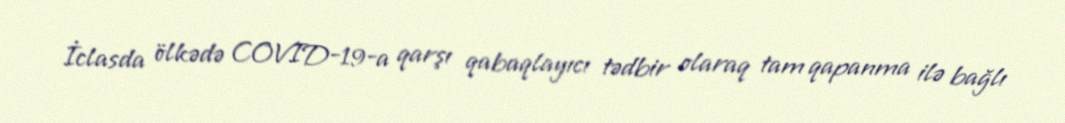
İclasda ölkədə COVID-19-a qarşı qabaqlayıcı tədbir olaraq tam qapanma ilə bağlı